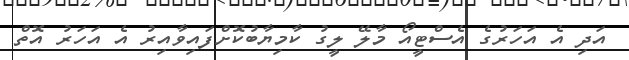
އަދި އެ އަހަރުގެ އެސްޓީއޯ މާލޭ ލީގު ކާމިޔާބުކޮށްފައިވާއިރު އެ އަހަރު އޮތް